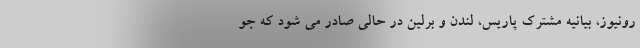
رونیوز، بیانیه مشترک پاریس، لندن و برلین در حالی صادر می شود که جو